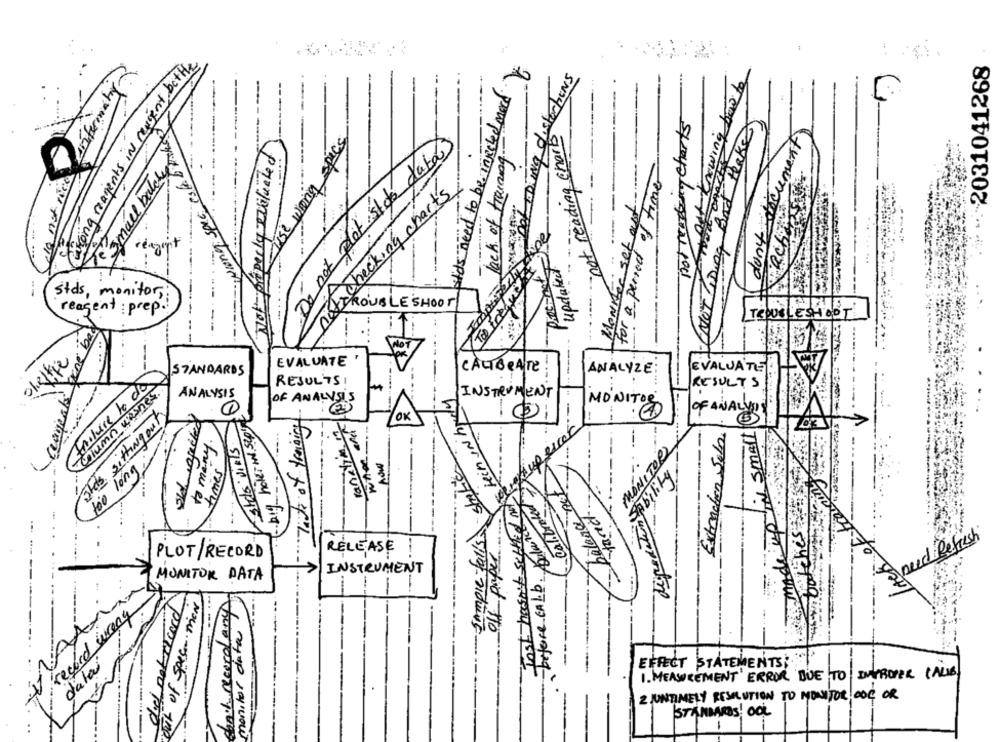
- -
Caring reagents IN revient bottle
lack of training med
2031041268
Det DING distorTions
informaty
Ait Knowing how to
not reading Charts
adds need to be injected
not reading charles
( NOTDing Bad Hake
per use wong spice
Not properly evaluated
don't document
Do not plot st do data)
for a period of time
Small batch
-
do not rice
nota checking charts
Monster set out
Ning spec
reagent
updatect
Porcinet
---....
--
Stds, monitor ,;
TROUBLE SHOOT
reagent : prep .
ISOUBLESHOOT
carjeals gone bad
cheffre
EVALUATE
STANDARDS
CALIBRATE
ANALYZE:
EVALUATIE:
Failure to da
RESULTS1
RESULTS
column wasnes.
INSTRUMENT
ANALYSIS
OF ANALYSIS
.-
MONITOR
Stds sittingout
old ropected
big holes IN sep'
ranatim 17
OK
OF ANALYD
-
DIN Small
Extendhen Sel
to many.
Stas Dials
Auperret
long
MONITOR
Sample falls static
degradation bility
times
balance not
Sability
Cal. Braked
100
Bulance not
tarich
Jahes
need Refresh
off paper
Jost hasn't self
RELEASE
PLOT/RECORD
before CALb
INSTRUMENT
MONITOR DATA
out of spese men
monitor data A
record wrong
dach recordar
datai
EFFECT STATEMENTS
1. MEASUREMENT" ERROR DUE TO |IMPROPER CALIB)
2 )UNTIMELY RESOLUTION TO MONITOR OOK OR
STANDARDS OOL